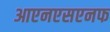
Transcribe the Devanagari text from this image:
आएनएसएनफ